Civil Veterinary Department. United Provinces 1923-31 - 1923-1931
Year: 1923
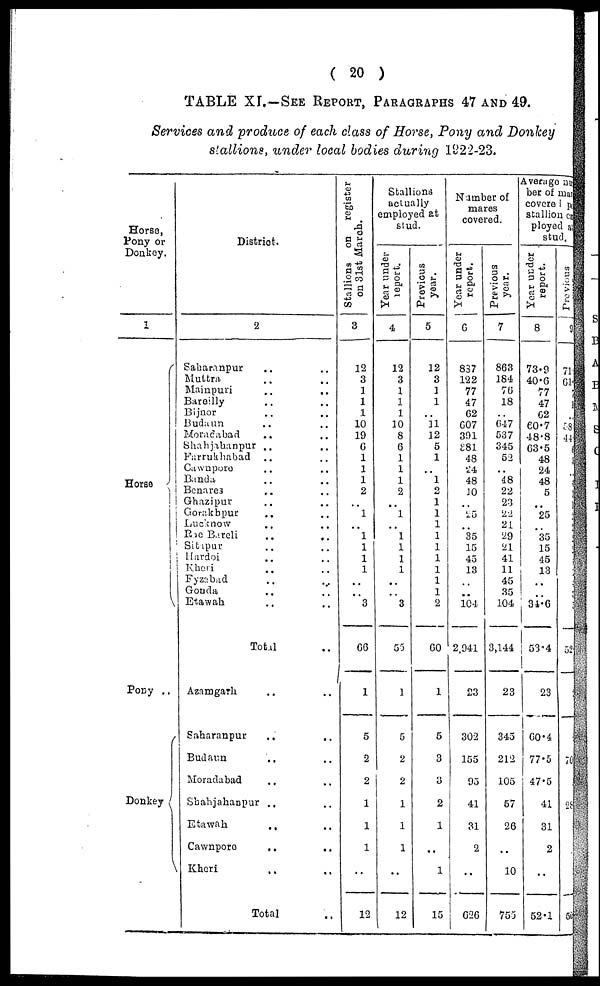
( 20 )
TABLE XL—SEE REPORT, PARAGRAPHS 47 AND 49.
Services and produce of each class of Horse, Pony and Donkey
stallions, under local bodies during 1322-23.
Horse,
Pony or
Donkey.
1
Horse
V
Pony ..
Donkey
District.
2
Saharanpur ..
Multra .. ..
Mainpuri .. ..
Bareilly .. ..
Bijnor .. ..
Budaun .. ..
Moradabad
Shahjahanpur
..
..
Farrukhabad .. ..
Cawnpore .. ..
Banda .. ..
Benares ..
Ghazipur .. ..
Gorakbpur .. ..
Lucknow .. ..
Rae Bareli .. ..
Sitapur .. ..
Hardoi .. ..
Kheri .. ..
Fyzabad .. ..
Gonda
..
..
Etawah .. ..
Total ..
Azamgarh .. ..
Saharanpur
..
..
Budaun .. ..
Moradabad
Shahjahanpur .. ..
Etawah
..
..
Cawnpore
..
..
Kheri .. ..
Total ..
Stallions on register
on 31st March.
3
12
3
1
1
1
10
19
6
1
1
1
2
..
1
.. 1
1
1
1
..
..
3
66
1
5
2
2
1
1
1
..
12
Stallions
actually
employed at
stud.
Year under
report.
4
12
3
1
1
1
10
8
6
1
1
1
2
..
1
..
1
1
1
1
..
..
3
55
1
5
2
2
1
1
1
..
12
Previous
year.
5
12
3
1
1
..
11
12
5
1
..
1
2
1
1
1
1
1
1
1
1
1
2
60
1
5
3
3
2
1
..
1
15
Number of
mares
covered.
Year under
report.
6
837
122
77
47
62
607
391
381
48
24
48
10
..
25
.. 35
15
45
13
..
..
104
2,941
23
302
155
95
41
31
2
..
626
P revious
year.
7
863
184
70
18
..
647
537
345
52
..
48
22
23
22
21
29
21
41
11
45
35
104
3,144
23
345
212
105
57
26
..
10
755
Average at
ber of ma
covered p
stallion er
ployed a
stud.
Year under
report.
8
73.9
40.6
77
47
62
60.7
48.8
63.5
48
24
48
5
..
25
35
15
45
13
..
..
34.6
53.4
23
60.4
77.5
47.5
41
31
2
..
52.1
Previous
71
61
58
44
..
52
7
29
5